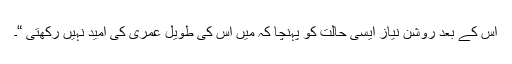
اس کے بعد روشن نیاز ایسی حالت کو پہنچا کہ میں اس کی طویل عمری کی امید نہیں رکھتی “۔